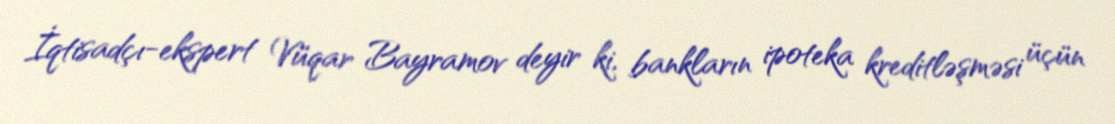
İqtisadçı-ekspert Vüqar Bayramov deyir ki, bankların ipoteka kreditləşməsi üçün